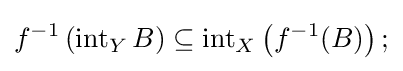
f^{-1}\left(\operatorname {int} _{Y}B\right)\subseteq \operatorname {int} _{X}\left(f^{-1}(B)\right);